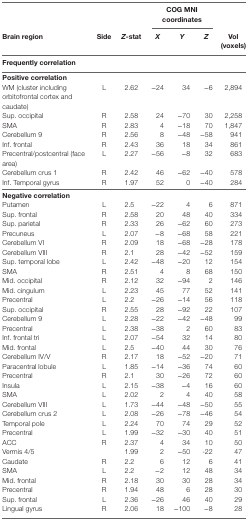
<table><thead><tr><td></td><td></td><td></td><td colspan="3"><b>COG MNI coordinates</b></td><td></td></tr><tr><td><b>Brain region</b></td><td><b>Side</b></td><td><b><i>Z</i>-stat</b></td><td><b><i>X</i></b></td><td><b><i>Y</i></b></td><td><b><i>Z</i></b></td><td><b>Vol (voxels)</b></td></tr><tr><td><b>Frequently correlation</b></td><td></td><td></td><td></td><td></td><td></td><td></td></tr></thead><tbody><tr><td colspan="7"><b>Positive correlation</b></td></tr><tr><td>WM (cluster including orbitofrontal cortex and caudate)</td><td>L</td><td>2.62</td><td>−24</td><td>34</td><td>−6</td><td>2,894</td></tr><tr><td>Sup. occipital</td><td>R</td><td>2.58</td><td>24</td><td>−70</td><td>30</td><td>2,258</td></tr><tr><td>SMA</td><td>R</td><td>2.83</td><td>4</td><td>−18</td><td>70</td><td>1,847</td></tr><tr><td>Cerebellum 9</td><td>R</td><td>2.56</td><td>8</td><td>−48</td><td>−58</td><td>941</td></tr><tr><td>Inf. frontal</td><td>R</td><td>2.43</td><td>36</td><td>18</td><td>34</td><td>861</td></tr><tr><td>Precentral/postcentral (face area)</td><td>L</td><td>2.27</td><td>−56</td><td>−8</td><td>32</td><td>683</td></tr><tr><td>Cerebellum crus 1</td><td>R</td><td>2.42</td><td>46</td><td>−62</td><td>−40</td><td>578</td></tr><tr><td>Inf. Temporal gyrus</td><td>R</td><td>1.97</td><td>52</td><td>0</td><td>−40</td><td>284</td></tr><tr><td colspan="7"><b>Negative correlation</b></td></tr><tr><td>Putamen</td><td>L</td><td>2.5</td><td>−22</td><td>4</td><td>6</td><td>871</td></tr><tr><td>Sup. frontal</td><td>R</td><td>2.58</td><td>20</td><td>48</td><td>40</td><td>334</td></tr><tr><td>Sup. parietal</td><td>R</td><td>2.33</td><td>26</td><td>−62</td><td>60</td><td>273</td></tr><tr><td>Precuneus</td><td>L</td><td>2.07</td><td>−8</td><td>−68</td><td>58</td><td>221</td></tr><tr><td>Cerebellum VI</td><td>R</td><td>2.09</td><td>18</td><td>−68</td><td>−28</td><td>178</td></tr><tr><td>Cerebellum VIII</td><td>R</td><td>2.1</td><td>28</td><td>−42</td><td>−52</td><td>159</td></tr><tr><td>Sup. temporal lobe</td><td>L</td><td>2.42</td><td>−48</td><td>−20</td><td>12</td><td>154</td></tr><tr><td>SMA</td><td>R</td><td>2.51</td><td>4</td><td>8</td><td>68</td><td>150</td></tr><tr><td>Mid. occipital</td><td>R</td><td>2.12</td><td>32</td><td>−94</td><td>2</td><td>146</td></tr><tr><td>Mid. cingulum</td><td>L</td><td>2.23</td><td>45</td><td>77</td><td>52</td><td>141</td></tr><tr><td>Precentral</td><td>L</td><td>2.2</td><td>−26</td><td>−14</td><td>56</td><td>118</td></tr><tr><td>Sup. occipital</td><td>R</td><td>2.55</td><td>28</td><td>−92</td><td>22</td><td>107</td></tr><tr><td>Cerebellum 9</td><td>L</td><td>2.28</td><td>−22</td><td>−42</td><td>−48</td><td>99</td></tr><tr><td>Precentral</td><td>L</td><td>2.38</td><td>−38</td><td>2</td><td>60</td><td>83</td></tr><tr><td>Inf. frontal tri</td><td>L</td><td>2.07</td><td>−54</td><td>32</td><td>14</td><td>80</td></tr><tr><td>Mid. frontal</td><td>L</td><td>2.5</td><td>−40</td><td>44</td><td>30</td><td>76</td></tr><tr><td>Cerebellum IV/V</td><td>R</td><td>2.17</td><td>18</td><td>−52</td><td>−20</td><td>71</td></tr><tr><td>Paracentral lobule</td><td>L</td><td>1.85</td><td>−14</td><td>−36</td><td>74</td><td>60</td></tr><tr><td>Precentral</td><td>R</td><td>2.1</td><td>30</td><td>−26</td><td>72</td><td>60</td></tr><tr><td>Insula</td><td>L</td><td>2.15</td><td>−38</td><td>−4</td><td>16</td><td>60</td></tr><tr><td>SMA</td><td>L</td><td>2.02</td><td>2</td><td>4</td><td>40</td><td>58</td></tr><tr><td>Cerebellum VIII</td><td>L</td><td>1.73</td><td>−44</td><td>−48</td><td>−50</td><td>55</td></tr><tr><td>Cerebellum crus 2</td><td>L</td><td>2.08</td><td>−26</td><td>−78</td><td>−46</td><td>54</td></tr><tr><td>Temporal pole</td><td>L</td><td>2.24</td><td>70</td><td>74</td><td>29</td><td>52</td></tr><tr><td>Precentral</td><td>L</td><td>1.99</td><td>−32</td><td>−30</td><td>40</td><td>51</td></tr><tr><td>ACC</td><td>R</td><td>2.37</td><td>4</td><td>34</td><td>10</td><td>50</td></tr><tr><td>Vermis 4/5</td><td></td><td>1.99</td><td>2</td><td>−50</td><td>-22</td><td>47</td></tr><tr><td>Caudate</td><td>R</td><td>2.2</td><td>6</td><td>12</td><td>6</td><td>41</td></tr><tr><td>SMA</td><td>L</td><td>2.2</td><td>−2</td><td>12</td><td>48</td><td>34</td></tr><tr><td>Mid. frontal</td><td>R</td><td>2.18</td><td>30</td><td>30</td><td>28</td><td>34</td></tr><tr><td>Precentral</td><td>R</td><td>1.94</td><td>48</td><td>6</td><td>28</td><td>30</td></tr><tr><td>Sup. frontal</td><td>L</td><td>2.36</td><td>−26</td><td>46</td><td>40</td><td>29</td></tr><tr><td>Lingual gyrus</td><td>R</td><td>2.06</td><td>18</td><td>−100</td><td>−8</td><td>28</td></tr></tbody></table>